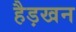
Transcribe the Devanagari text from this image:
हैड़खन